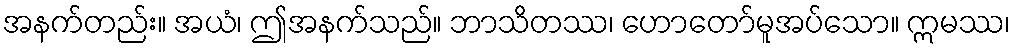
အနက်တည်း။ အယံ၊ ဤအနက်သည်။ ဘာသိတဿ၊ ဟောတော်မူအပ်သော။ ဣမဿ၊